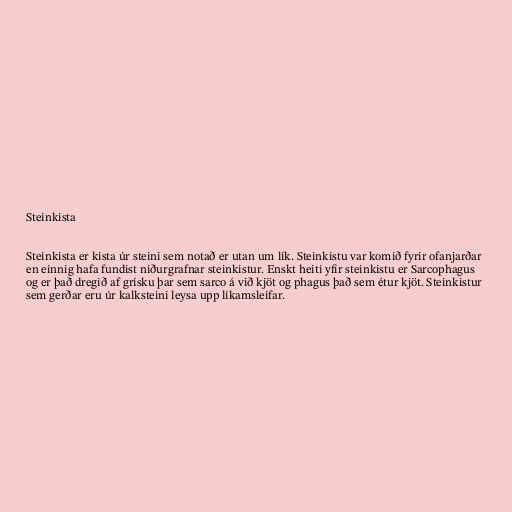
Steinkista

Steinkista er kista úr steini sem notað er utan um lík. Steinkistu var komið fyrir ofanjarðar
en einnig hafa fundist niðurgrafnar steinkistur. Enskt heiti yfir steinkistu er Sarcophagus
og er það dregið af grísku þar sem sarco á við kjöt og phagus það sem étur kjöt. Steinkistur
sem gerðar eru úr kalksteini leysa upp líkamsleifar.